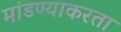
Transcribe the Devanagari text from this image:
मांडण्याकरता